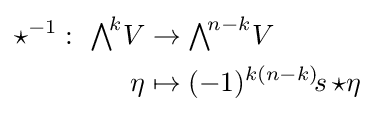
{\begin{aligned}{\star }^{-1}:~{\textstyle \bigwedge }^{\!k}V&\to {\textstyle \bigwedge }^{\!n-k}V\\\eta &\mapsto (-1)^{k(n-k)}\!s\,{\star }\eta \end{aligned}}